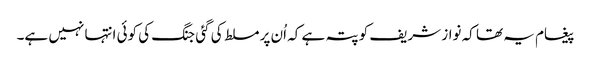
پیغام یہ تھا کہ نواز شریف کو پتہ ہے کہ اُن پر مسلط کی گئی جنگ کی کوئی انتہا نہیں ہے۔